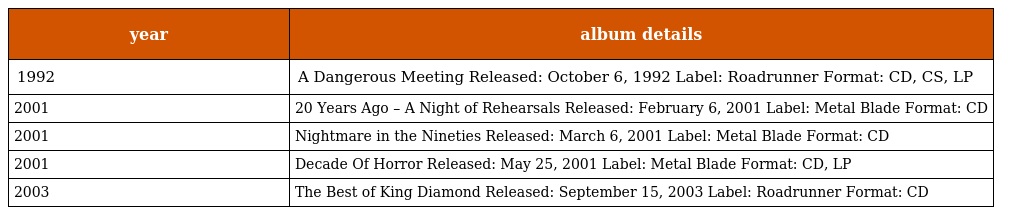
| year | album details |
 | --- | --- |
 | 1992 | A Dangerous Meeting Released: October 6, 1992 Label: Roadrunner Format: CD, CS, LP |
 | 2001 | 20 Years Ago – A Night of Rehearsals Released: February 6, 2001 Label: Metal Blade Format: CD |
 | 2001 | Nightmare in the Nineties Released: March 6, 2001 Label: Metal Blade Format: CD |
 | 2001 | Decade Of Horror Released: May 25, 2001 Label: Metal Blade Format: CD, LP |
 | 2003 | The Best of King Diamond Released: September 15, 2003 Label: Roadrunner Format: CD |